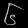
Digit: ၆